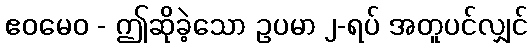
ဧဝမေဝ - ဤဆိုခဲ့သော ဥပမာ ၂-ရပ် အတူပင်လျှင်